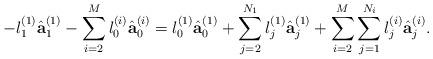
LaTeX: \begin{align*}-l_1^{(1)}\hat{\bf a}_1^{(1)} - \sum_{i=2}^M l_0^{(i)}\hat{\bf a}_0^{(i)} = l_0^{(1)}\hat{\bf a}_0^{(1)} + \sum_{j=2}^{N_1} l_j^{(1)}\hat{\bf a}_j^{(1)} + \sum_{i=2}^M\sum_{j=1}^{N_i} l_j^{(i)}\hat{\bf a}_j^{(i)}.\end{align*}